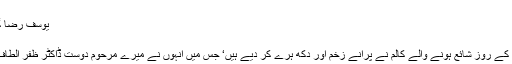
ہمارے سرکاری افسران مزید پڑھیں
یوسف رضا گیلانی اور ڈاکٹر ظفرالطاف کی کہانی
جون 12, 2017 جون 23, 2017
میرے دوست ہارون الرشید کے جمعہ کے روز شائع ہونے والے کالم نے پرانے زخم اور دکھ ہرے کر دیے ہیں‘ جس میں انہوں نے میرے مرحوم دوست ڈاکٹر ظفر الطاف کی مختصر مگر پُراثر کہانی لکھی۔